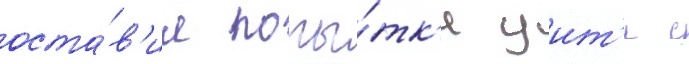
оста́в'ил попы́тк'и уит'и с